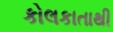
કોલકાતાથી